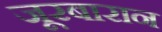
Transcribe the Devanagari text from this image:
जूरबारान